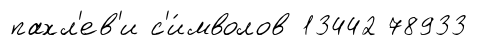
пахл'ев'и с'и́мволов 13442 78933